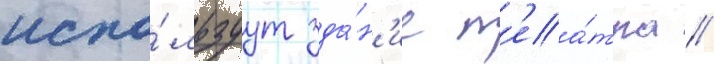
испо́льзуут зда́н'ие т'еа́тра //